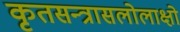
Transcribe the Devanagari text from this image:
कृतसन्त्रासलोलाक्षो